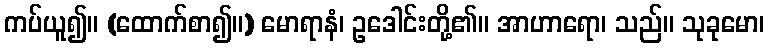
ကပ်ယူ၍။ (ထောက်စာ၍။) မောရာနံ၊ ဥဒေါင်းတို့၏။ အာဟာရော၊ သည်။ သုခုမော၊